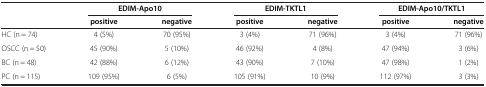
<table><thead><tr><td><b> </b></td><td colspan="2"><b>EDIM-Apo10</b></td><td colspan="2"><b>EDIM-TKTL1</b></td><td colspan="2"><b>EDIM-Apo10/TKTL1</b></td></tr><tr><td><b> </b></td><td><b>positive</b></td><td><b>negative</b></td><td><b>positive</b></td><td><b>negative</b></td><td><b>positive</b></td><td><b>negative</b></td></tr></thead><tbody><tr><td>HC (n = 74)</td><td>4 (5%)</td><td>70 (95%)</td><td>3 (4%)</td><td>71 (96%)</td><td>3 (4%)</td><td>71 (96%)</td></tr><tr><td>OSCC (n = 50)</td><td>45 (90%)</td><td>5 (10%)</td><td>46 (92%)</td><td>4 (8%)</td><td>47 (94%)</td><td>3 (6%)</td></tr><tr><td>BC (n = 48)</td><td>42 (88%)</td><td>6 (12%)</td><td>43 (90%)</td><td>7 (10%)</td><td>47 (98%)</td><td>1 (2%)</td></tr><tr><td>PC (n = 115)</td><td>109 (95%)</td><td>6 (5%)</td><td>105 (91%)</td><td>10 (9%)</td><td>112 (97%)</td><td>3 (3%)</td></tr></tbody></table>